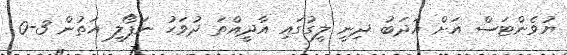
ޔުވެންޓަސް އަށް އަދަބު ދިނީ ލީގުގައި އާދީއްތަ ދުވަހު ނަޕޯލީ އަތުން 3-0